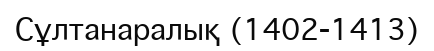
Сұлтанаралық (1402-1413)